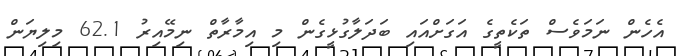
އެހެން ނަމަވެސް ތަކެތީގެ އަގަށްއައި ބަދަލާގުޅީގެން މި އިމާރާތް ނިމޭއިރު 62.1 މިލިޔަން